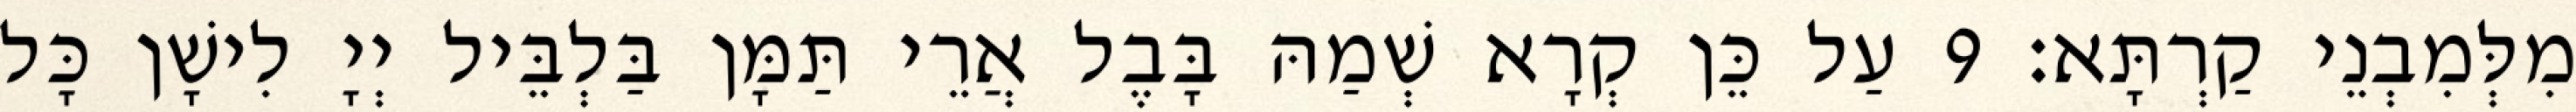
מִלְּמִבְנֵי קַרְתָּא׃ 9 עַל כֵּן קְרָא שְׁמַהּ בָּבֶל אֲרֵי תַּמָּן בַּלְבֵּיל יְיָ לִישָׁן כָּל